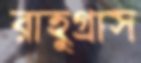
রাহুগ্রাস